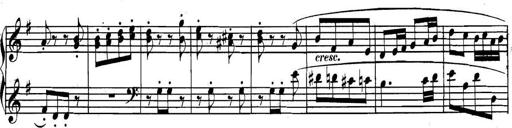
Title: Collected Piano Sonatas
Composer: Muzio Clementi